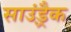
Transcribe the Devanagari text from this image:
साउंड़्रैक